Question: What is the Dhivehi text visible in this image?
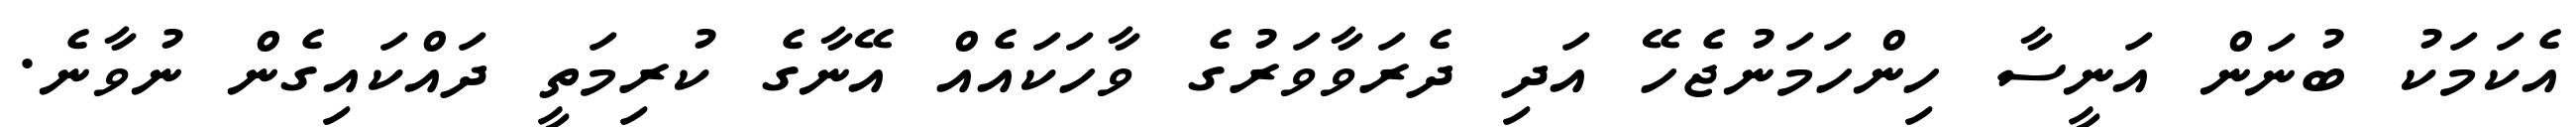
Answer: އެކަމަކު ބުނަން އަނީސާ ހިންހަމަނުޖެހޭ އަދި ދެރަވާވަރުގެ ވާހަކައެއް އޭނާގެ ކުރިމަތީ ދައްކައިގެން ނުވާނެ.